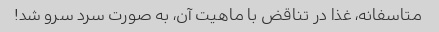
متاسفانه، غذا در تناقض با ماهیت آن، به صورت سرد سرو شد!